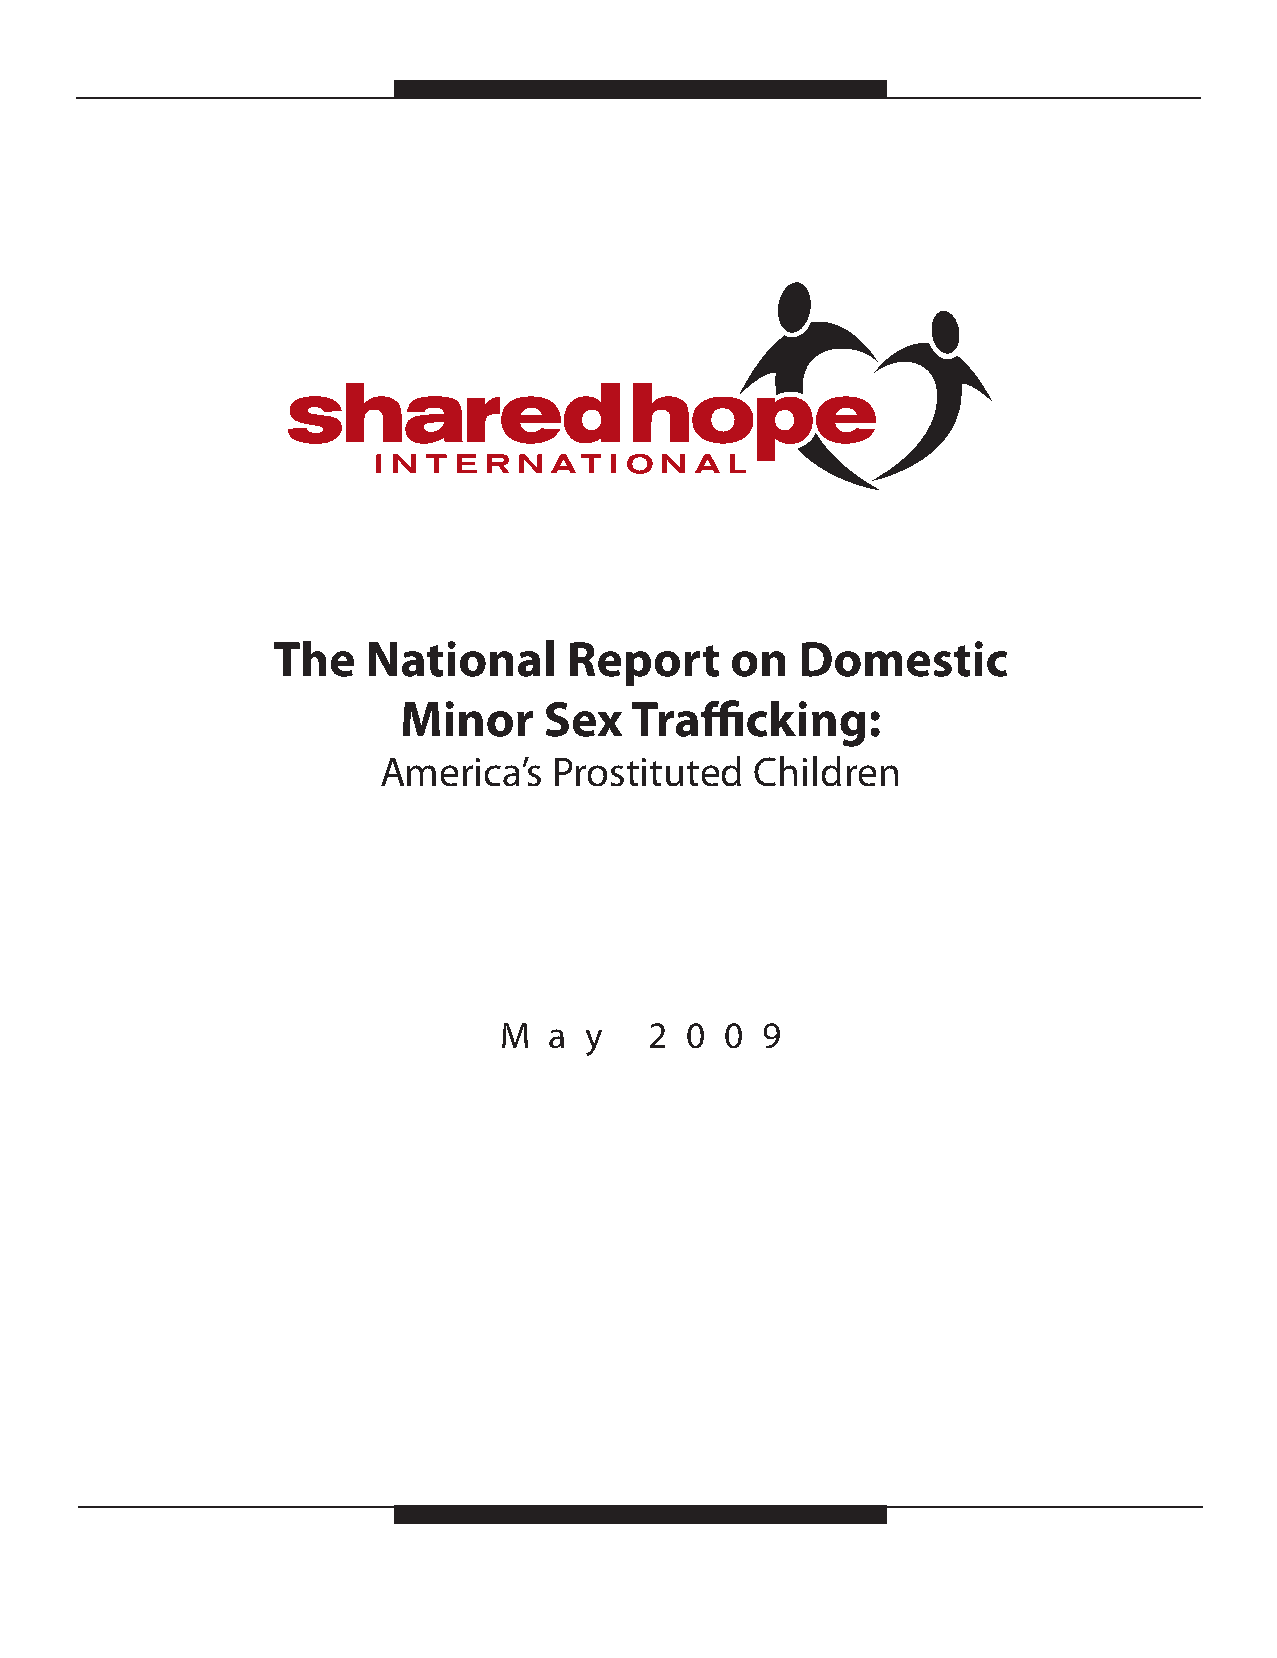
The   National     Report     on   Domestic
 Minor     Sex   Traffi cking:
 America’s  Prostituted   Children
 M  a  y   2 0  0 9